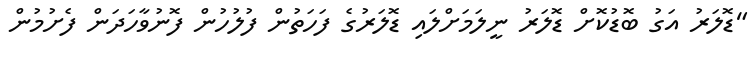
"ޑޮލަރު އަގު ބޮޑުކޮށް ޑޮލަރު ނީލަމަށްލައި ޑޮލަރުގެ ފަހަތުން ފުލުހުން ފޮނުވާހަދަން ފެށުމުން